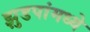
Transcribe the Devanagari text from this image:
झुडपांमध्ये